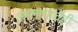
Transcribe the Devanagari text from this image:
आलापांचेही